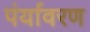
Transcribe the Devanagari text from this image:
पंर्यावरण